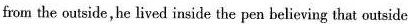
fiom the outzide, he lived inside the pen believing that outside